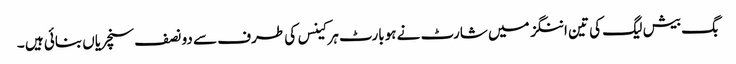
بگ بیش لیگ کی تین اننگز میں شارٹ نے ہوبارٹ ہرکینس کی طرف سے دو نصف سنچریاں بنائی ہیں ۔